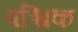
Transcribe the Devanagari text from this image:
पश्चिक